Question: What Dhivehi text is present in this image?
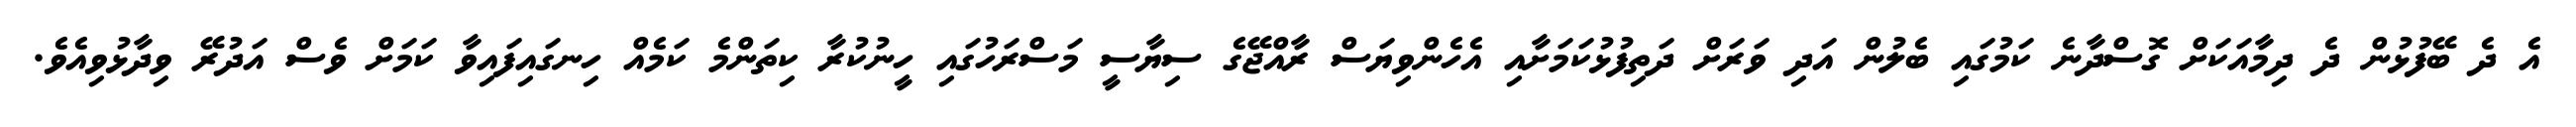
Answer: އެ ދެ ބޭފުޅުން ދެ ދިމާއަކަށް ގޮސްދާނެ ކަމުގައި ބެލުން އަދި ވަރަށް ދަތިފުޅުކަމަށާއި އެހެންވިޔަސް ރާއްޖޭގެ ސިޔާސީ މަސްރަހުގައި ހީނުކުރާ ކިތަންމެ ކަމެއް ހިނގައިފައިވާ ކަމަށް ވެސް އަދުރޭ ވިދާޅުވިއެވެ.